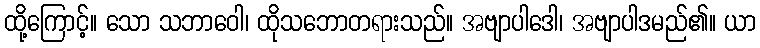
ထို့ကြောင့်။ သော သဘာဝေါ၊ ထိုသဘောတရားသည်။ အဗျာပါဒေါ၊ အဗျာပါဒမည်၏။ ယာ